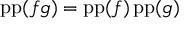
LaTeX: \operatorname { p p } ( f g ) = \operatorname { p p } ( f ) \operatorname { p p } ( g )